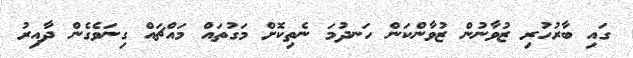
ގައި ބާރުހުރި ޒުވާނުން ޒުވާންކަން ހަނދުމަ ނެތިކޮށް މަގުތައް މައްޗައް ގިނަވެގެން ދާއިރު